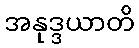
အနုဒ္ဒယာတိ